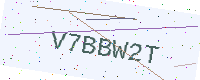
Text: V7BBW2T